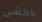
باكشي